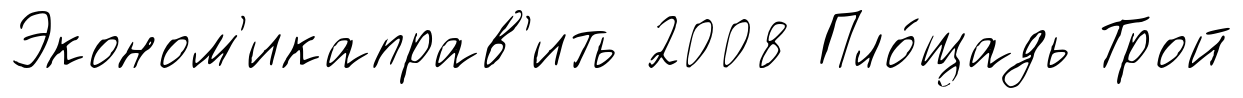
Эконом'икаправ'ить 2008 Пло́щадь Трой